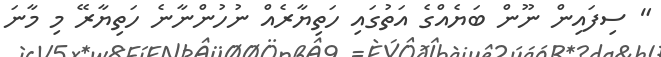
" ސިފައިން ނޫން ބަޔެއްގެ އަތުގައި ހަތިޔާރެއް ނުހުންނާނެ ހަތިޔާރޭ މި މާނަ